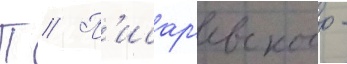
П // П'исар'евского -